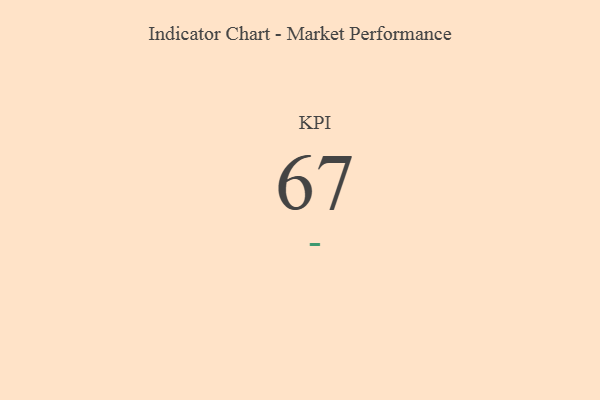
{"axis": {"x": "KPI", "y": "Value"}, "legend": [""], "data": [{"x": "KPI", "y": 67, "type": ""}]}